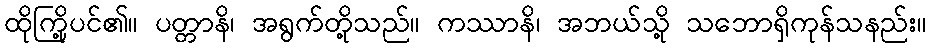
ထိုကြို့ပင်၏။ ပတ္တာနိ၊ အရွက်တို့သည်။ ကဿာနိ၊ အဘယ်သို့ သဘောရှိကုန်သနည်း။